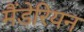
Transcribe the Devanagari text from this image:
मैंडेरियन